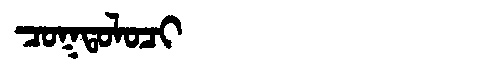
Manchu: ᠴᠣᡴᡨᠣᠯᠣᠴᡳ
Romanization: COKTOLOCI